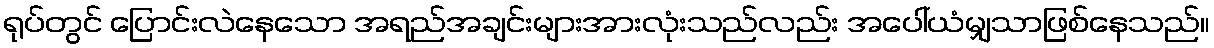
ရုပ်တွင် ပြောင်းလဲနေသော အရည်အချင်းများအားလုံးသည်လည်း အပေါ်ယံမျှသာဖြစ်နေသည်။